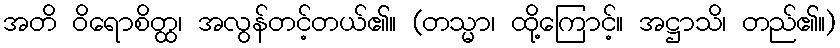
အတိ ဝိရောစိတ္ထ၊ အလွန်တင့်တယ်၏။ (တသ္မာ၊ ထို့ကြောင့်။ အဋ္ဌာသိ၊ တည်၏။)